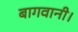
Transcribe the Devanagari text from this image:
बागवानी।